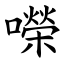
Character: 㘇